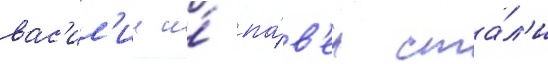
вас'ил'ии и́ па́в'ел ста́л'и